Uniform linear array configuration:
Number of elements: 64
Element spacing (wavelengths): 0.75
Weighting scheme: hamming
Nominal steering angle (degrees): -15
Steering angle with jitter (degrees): -13.895
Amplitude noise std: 0.05
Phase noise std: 0.05

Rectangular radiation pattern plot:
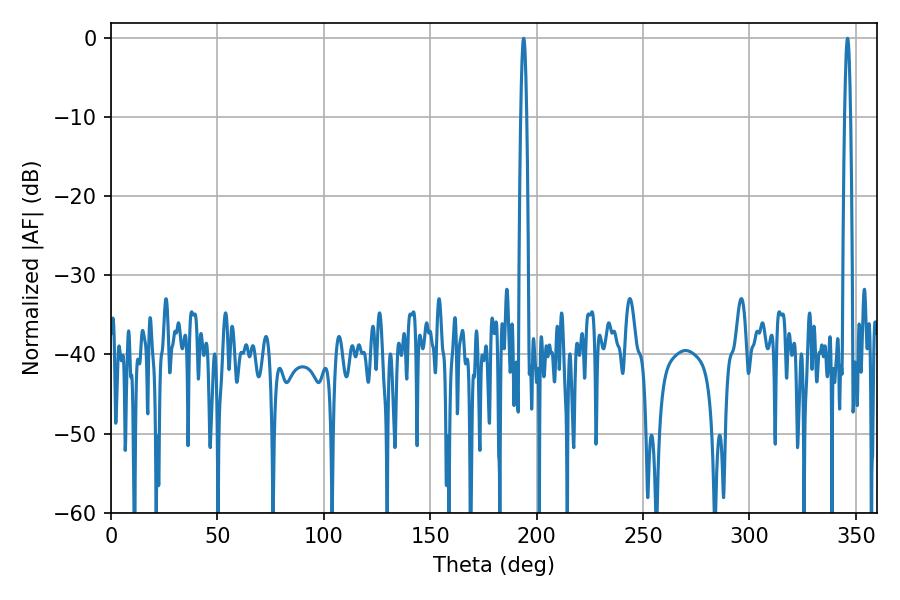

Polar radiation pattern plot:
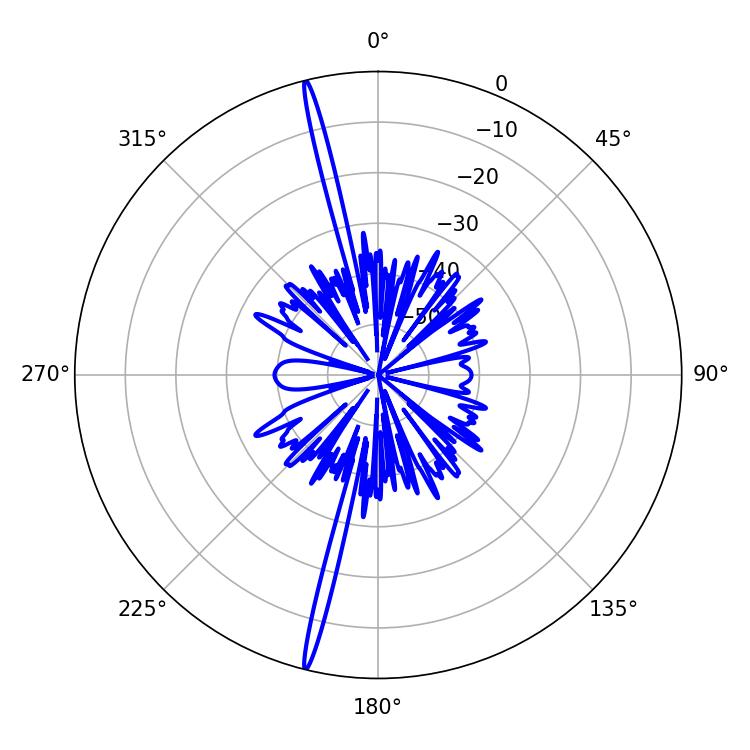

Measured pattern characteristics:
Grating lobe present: TRUE
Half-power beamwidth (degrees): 1.44
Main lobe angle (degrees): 346.14